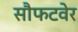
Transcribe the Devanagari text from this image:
सौफटवेर